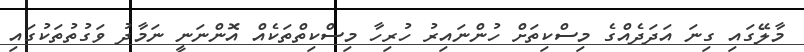
މާލޭގައި ގިނަ އަދަދެއްގެ މިސްކިތަށް ހުންނައިރު ހުރިހާ މިސްކިތްތަކެއް އޮންނަނީ ނަމާދު ވަގުތުތަކުގައި